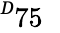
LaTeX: ^Ḋ75\mathcal{Ḍ}